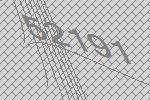
52191